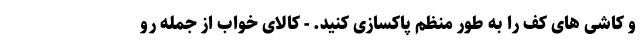
و کاشی های کف را به طور منظم پاکسازی کنید. - کالای خواب از جمله رو